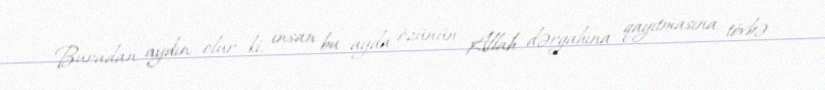
Buradan aydın olur ki, insan bu ayda özünün Allah dərgahına qayıtmasına, tövbə